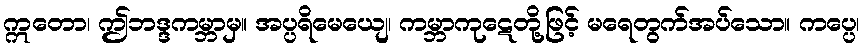
ဣတော၊ ဤဘဒ္ဒကမ္ဘာမှ။ အပ္ပရိမေယျေ၊ ကမ္ဘာကုဋေတို့ဖြင့် မရေတွက်အပ်သော။ ကပ္ပေ၊